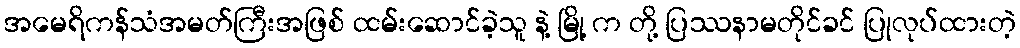
အမေရိကန်သံအမတ်ကြီးအဖြစ် ထမ်းဆောင်ခဲ့သူ နဲ့ မြို့ က တို့ ပြဿနာမတိုင်ခင် ပြုလုပ်ထားတဲ့